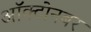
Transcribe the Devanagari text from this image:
ऑक्टोनबर